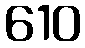
610